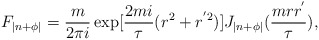
\begin{align*}F_{|n+\phi |}= \frac{m}{2\pi i} \exp[ \frac{2m i}{\tau} (r^2 + r^{'2})] J_{|n+\phi|} ( \frac{mrr^{'}}{\tau}), \end{align*}